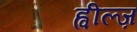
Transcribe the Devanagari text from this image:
ह्वील्ज़